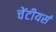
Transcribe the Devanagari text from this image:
चेंटीयर्स